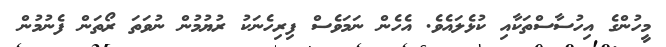
މީހުންގެ އިހުސާސްތަކާއި ކުޅެލައެވެ. އެހެން ނަމަވެސް ފިރިހެނަކު ރުޔުމުން ނުވަތަ ރޯތަން ފެނުމުން